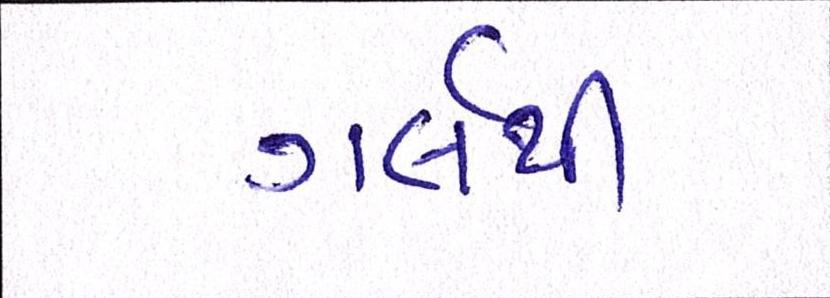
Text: ગર્લથી